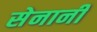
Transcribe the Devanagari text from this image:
सेनानीं